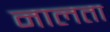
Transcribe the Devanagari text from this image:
नालता